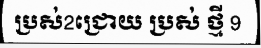
ប្រស់2ជ្រោយ ប្រស់ ថ្មី 9